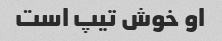
او خوش تیپ است